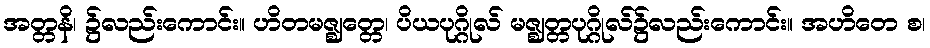
အတ္တနိ၊ ၌လည်းကောင်း။ ဟိတမဇ္ဈတ္တေ၊ ပိယပုဂ္ဂိုလ် မဇ္ဈတ္တပုဂ္ဂိုလ်၌လည်းကောင်း။ အဟိတေ စ၊